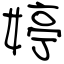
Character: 婷